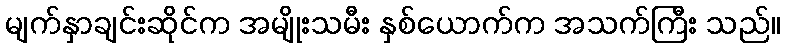
မျက်နှာချင်းဆိုင်က အမျိုးသမီး နှစ်ယောက်က အသက်ကြီး သည်။